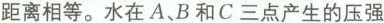
距离相等。水在A、B和C三点产生的压强